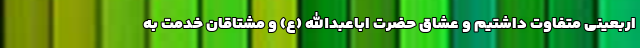
اربعینی متفاوت داشتیم و عشاق حضرت اباعبدالله (ع) و مشتاقان خدمت به